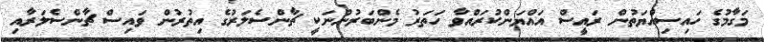
މަގާމުގެ ހައިސިއްޔަތުން ރައީސް އައްޔަންކުރައްވާ ހަތަރު މެންބަރުންނަކީ ޗާންސެލަރުގެ އިތުރުން ވައިސް ޗާންސެލަރާއި